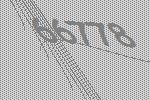
66778